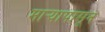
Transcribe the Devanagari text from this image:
माऱ्यापासून